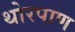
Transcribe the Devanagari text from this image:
थोरपाण